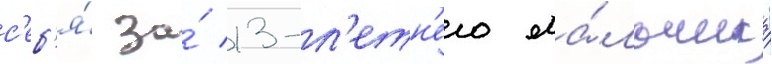
с'еб'я́ за́ 13-л'етн'его ма́льчика